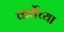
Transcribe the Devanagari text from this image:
कर्वेच्या